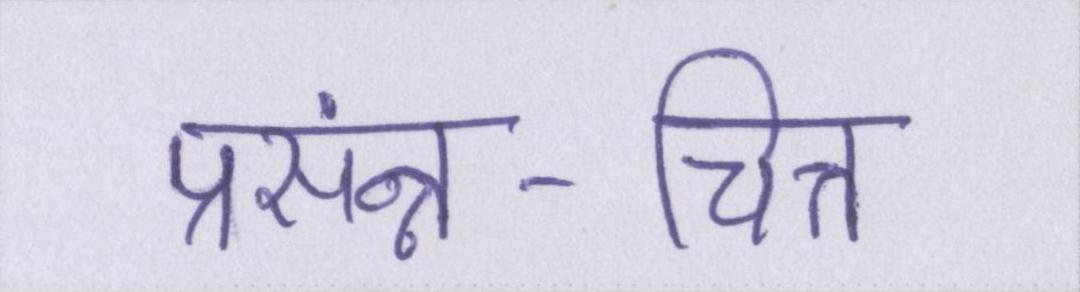
प्रसंन्न-चित्त